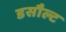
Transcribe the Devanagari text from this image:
डसौल्ट